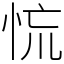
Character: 㤺